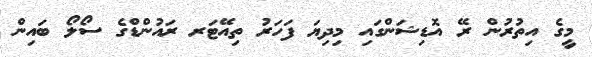
މީގެ އިތުރުން ރޭ އޮޑިޝަންގައި މިދިޔަ ފަހަރު ތިއޭޓަރ ރައުންޑްގެ ސޯލޯ ބައިން